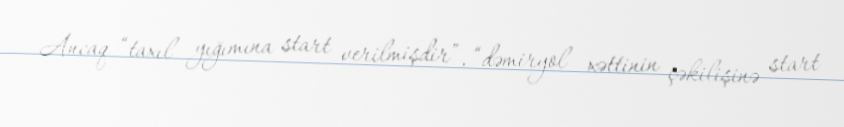
Ancaq “taxıl yığımına start verilmişdir”, “dəmiryol xəttinin çəkilişinə start